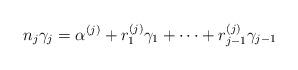
LaTeX: \begin{align*}n_j\gamma_j=\alpha^{(j)}+r_1^{(j)}\gamma_1+\cdots+r_{j-1}^{(j)}\gamma_{j-1}\end{align*}